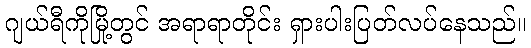
ဂျယ်ရီကိုမြို့တွင် အရာရာတိုင်း ရှားပါးပြတ်လပ်နေသည်။